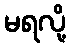
မရလို့